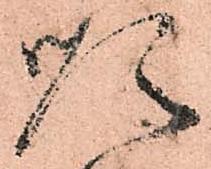
順